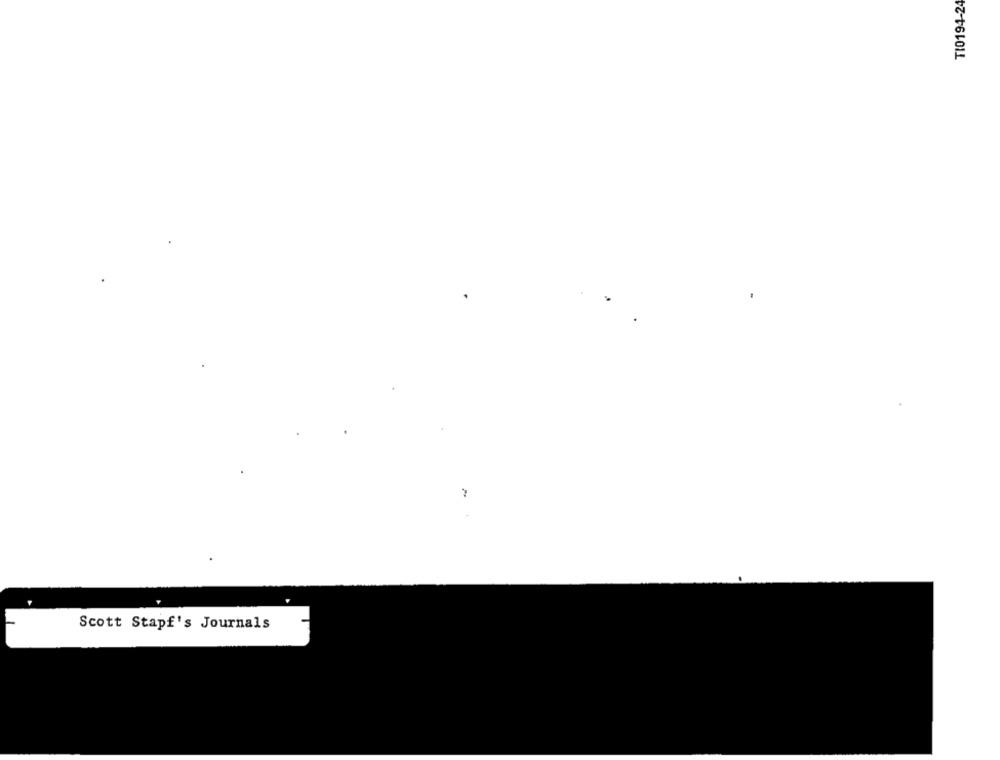
TI0194-24
Scott Stapf's Journals